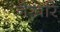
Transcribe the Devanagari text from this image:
नैखरि